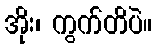
အိုး၊ ကွက်တိပဲ။